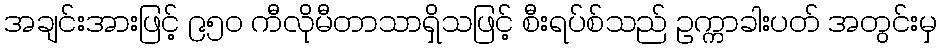
အချင်းအားဖြင့် ၉၅၀ ကီလိုမီတာသာရှိသဖြင့် စီးရပ်စ်သည် ဥက္ကာခါးပတ် အတွင်းမှ